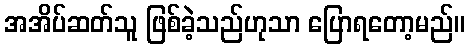
အအိပ်ဆတ်သူ ဖြစ်ခဲ့သည်ဟုသာ ပြောရတော့မည်။